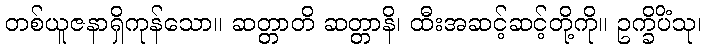
တစ်ယူဇနာရှိကုန်သော။ ဆတ္တာတိ ဆတ္တာနိ၊ ထီးအဆင့်ဆင့်တို့ကို။ ဥက္ခိပိံသု၊